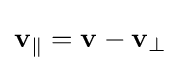
\mathbf {v} _{\|}=\mathbf {v} -\mathbf {v} _{\perp }